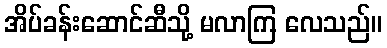
အိပ်ခန်းဆောင်ဆီသို့ မလာကြ လေသည်။